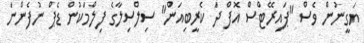
ޔަގީނުން ވެސް "ޕައިރޭޓްސް އޮފް ދަ ކެރީބިއަން" ސިލްސިލާގެ ފިލްމަކުން ޑެޕް ނުފެންނަ